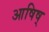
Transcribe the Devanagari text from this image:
आषिष्